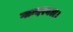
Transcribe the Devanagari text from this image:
गान्दरबल।